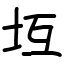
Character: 坘